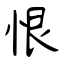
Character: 恨